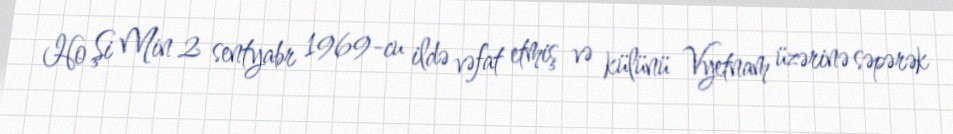
Ho Şi Min 2 sentyabr 1969-cu ildə vəfat etmiş və külünü Vyetnam üzərinə səpərək